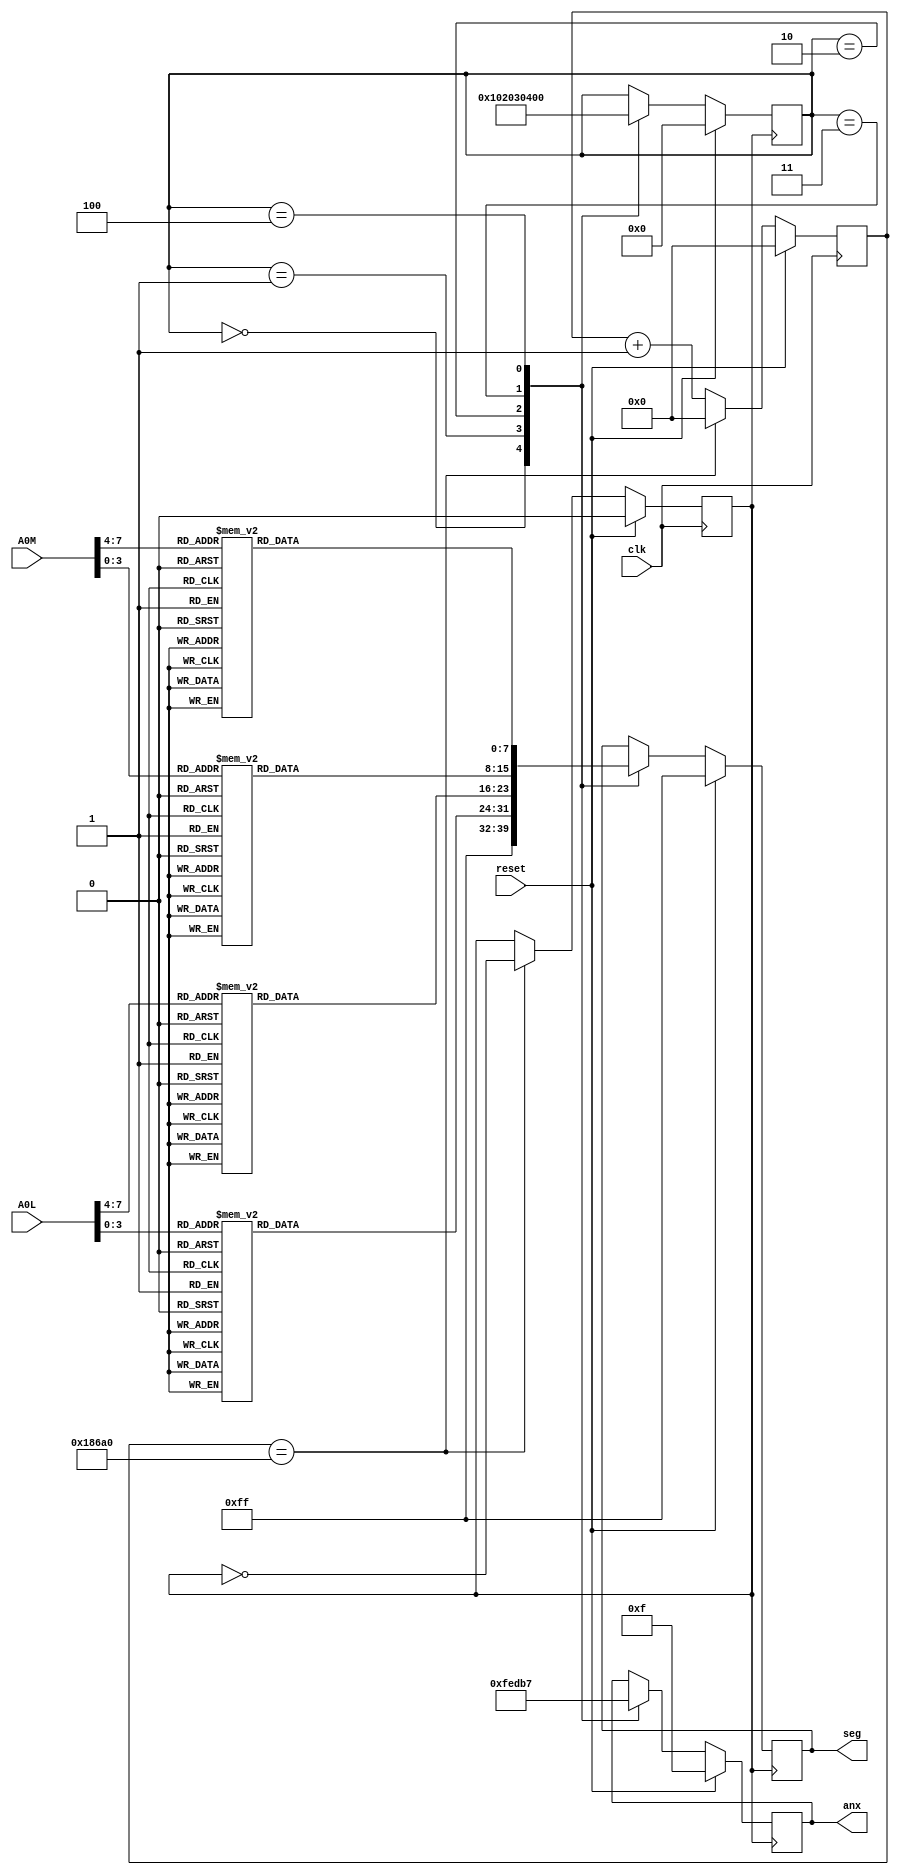
`timescale 1ns / 1ps
//////////////////////////////////////////////////////////////////////////////////
// Company: 
// Engineer: 
// 
// Design Name: 
// Module Name:    display7 
// Project Name: 
// Target Devices: 
// Tool versions: 
// Description: 
//
// Dependencies: 
//
// Revision: 
// Revision 0.01 - File Created
// Additional Comments: 
//
//////////////////////////////////////////////////////////////////////////////////
module display7(
    input clk,
    input reset,
	 input [7:0] A0M,
	 input [7:0] A0L,
	 output reg [3:0] anx,
    output reg [7:0] seg
    );
	 
reg [31:0] cont1 = 0;
reg div1;
reg [7:0] seg1;
reg [7:0] seg2;
reg [7:0] seg3;
reg [7:0] seg4;
reg [7:0] estado;
wire [3:0] sel1;
wire [3:0] sel2;
wire [3:0] sel3;
wire [3:0] sel4;

localparam inicio = 0;
localparam display1 = 1;
localparam display2 = 2;
localparam display3 = 3;
localparam display4 = 4;

assign sel1 = A0L[3:0];
assign sel2 = A0L[7:4];
assign sel3 = A0M[3:0];
assign sel4 = A0M[7:4];

always @(sel1)//display1
	case(sel1)
	'h0: seg1 = 'hC0;
	'h1: seg1 = 'hF9;
	'h2: seg1 = 'hA4;
	'h3: seg1 = 'hB0;
	'h4: seg1 = 'h99;
	'h5: seg1 = 'h92;
	'h6: seg1 = 'h82;
	'h7: seg1 = 'hF8;
	'h8: seg1 = 'h80;
	'h9: seg1 = 'h90;
	'hA: seg1 = 'h88;
	'hB: seg1 = 'h83;
	'hC: seg1 = 'hC6;
	'hD: seg1 = 'hA1;
	'hE: seg1 = 'h86;
	'hF: seg1 = 'h8E;
	default: seg1 = 'hFF;
	endcase
	
always @(sel2)//display2
	case(sel2)
	'h0: seg2 = 'hC0;
	'h1: seg2 = 'hF9;
	'h2: seg2 = 'hA4;
	'h3: seg2 = 'hB0;
	'h4: seg2 = 'h99;
	'h5: seg2 = 'h92;
	'h6: seg2 = 'h82;
	'h7: seg2 = 'hF8;
	'h8: seg2 = 'h80;
	'h9: seg2 = 'h90;
	'hA: seg2 = 'h88;
	'hB: seg2 = 'h83;
	'hC: seg2 = 'hC6;
	'hD: seg2 = 'hA1;
	'hE: seg2 = 'h86;
	'hF: seg2 = 'h8E;
	default: seg2 = 'hFF;
	endcase
	
always @(sel3)//display3
	case(sel3)
	'h0: seg3 = 'hC0;
	'h1: seg3 = 'hF9;
	'h2: seg3 = 'hA4;
	'h3: seg3 = 'hB0;
	'h4: seg3 = 'h99;
	'h5: seg3 = 'h92;
	'h6: seg3 = 'h82;
	'h7: seg3 = 'hF8;
	'h8: seg3 = 'h80;
	'h9: seg3 = 'h90;
	'hA: seg3 = 'h88;
	'hB: seg3 = 'h83;
	'hC: seg3 = 'hC6;
	'hD: seg3 = 'hA1;
	'hE: seg3 = 'h86;
	'hF: seg3 = 'h8E;
	default: seg3 = 'hFF;
	endcase
	
always @(sel4)//display4
	case(sel4)
	'h0: seg4 = 'hC0;
	'h1: seg4 = 'hF9;
	'h2: seg4 = 'hA4;
	'h3: seg4 = 'hB0;
	'h4: seg4 = 'h99;
	'h5: seg4 = 'h92;
	'h6: seg4 = 'h82;
	'h7: seg4 = 'hF8;
	'h8: seg4 = 'h80;
	'h9: seg4 = 'h90;
	'hA: seg4 = 'h88;
	'hB: seg4 = 'h83;
	'hC: seg4 = 'hC6;
	'hD: seg4 = 'hA1;
	'hE: seg4 = 'h86;
	'hF: seg4 = 'h8E;
	default: seg4 = 'hFF;
	endcase

always @(posedge clk) begin//Divisor 
        if (reset == 1) begin
        div1 = 0;
        cont1 = 0;
        end
        else begin
        
        if (cont1 == 100000) begin
            div1 = ~div1;
            cont1 = 0;
        end
        else begin
        cont1 = cont1 + 1;
        end
    end
 end 
 
always @(posedge div1) begin //maquina de estados displays
		if (reset == 1) begin 
		estado <= inicio;
		seg <= 8'hFF;
		anx <= 4'hF;
		end 
		else begin
		
		case(estado)

	   inicio: begin
		anx <= 4'b1111;
		seg <= 8'hFF;
		estado <= display1;
		end
	
	   
		display1: begin
		anx <= 4'b1110;
		seg <= seg1;
		estado <= display2;
		end
	
	
	   display2: begin
		anx <= 4'b1101;
		seg <= seg2;
		estado <= display3;
		end
	
		display3: begin
		anx <= 4'b1011;
		seg <= seg3;
		estado <= display4;
		end
	
	
	   display4: begin
		anx <= 4'b0111;
		seg <= seg4;
		estado <= inicio;
		end
	
	
  endcase
 end 
end
		
 
 


endmodule